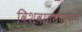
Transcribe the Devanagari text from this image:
विश्वात्मदर्शन